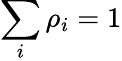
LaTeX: \sum_{i}\rho_{i}=1